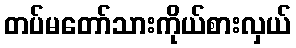
တပ်မတော်သားကိုယ်စားလှယ်